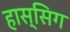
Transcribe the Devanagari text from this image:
हास्सिग